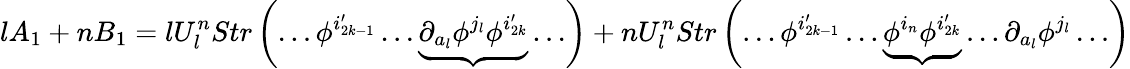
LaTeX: lA_{1}+nB_{1}=lU_{l}^{n}Str\left(\ldots\phi^{i_{2k-1}^{\prime}}\ldots\underbrace{\partial_{a_{l}}\phi^{j_{l}}\phi^{i_{2k}^{\prime}}}\ldots\right)+nU_{l}^{n}Str\left(\ldots\phi^{i_{2k-1}^{\prime}}\ldots\underbrace{\phi^{i_{n}}\phi^{i_{2k}^{\prime}}}\ldots\partial_{a_{l}}\phi^{j_{l}}\ldots\right)